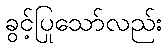
ခွင့်ပြုသော်လည်း